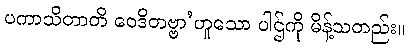
ပကာသိတာတိ ဝေဒိတဗ္ဗာ’ဟူသော ပါဌ်ကို မိန့်သတည်း။